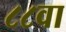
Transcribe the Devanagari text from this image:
८८वा